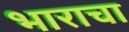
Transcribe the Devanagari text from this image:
भाराचा